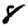
Digit: 8